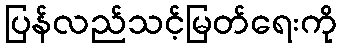
ပြန်လည်သင့်မြတ်ရေးကို